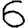
Digit: 6